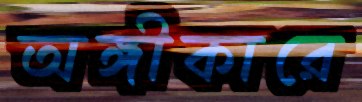
অঙ্গীকারে